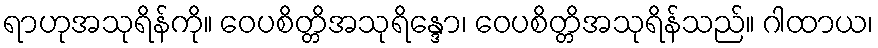
ရာဟုအသုရိန်ကို။ ဝေပစိတ္တိအသုရိန္ဒော၊ ဝေပစိတ္တိအသုရိန်သည်။ ဂါထာယ၊